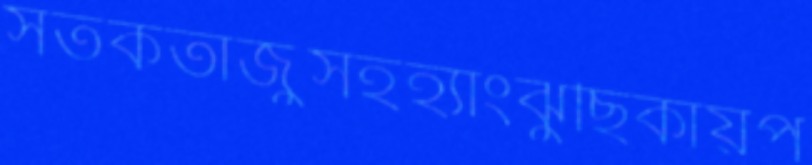
সর্তকতাজুসহহ্যাংঝুছিকায়প